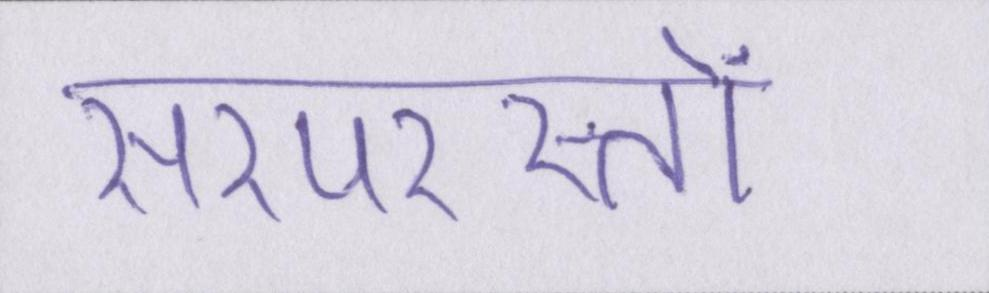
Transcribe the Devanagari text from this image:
सरपरस्तों